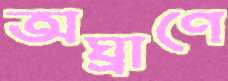
অঘ্রাণে